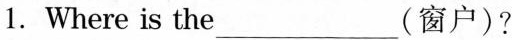
1. Where is the___(窗户)?